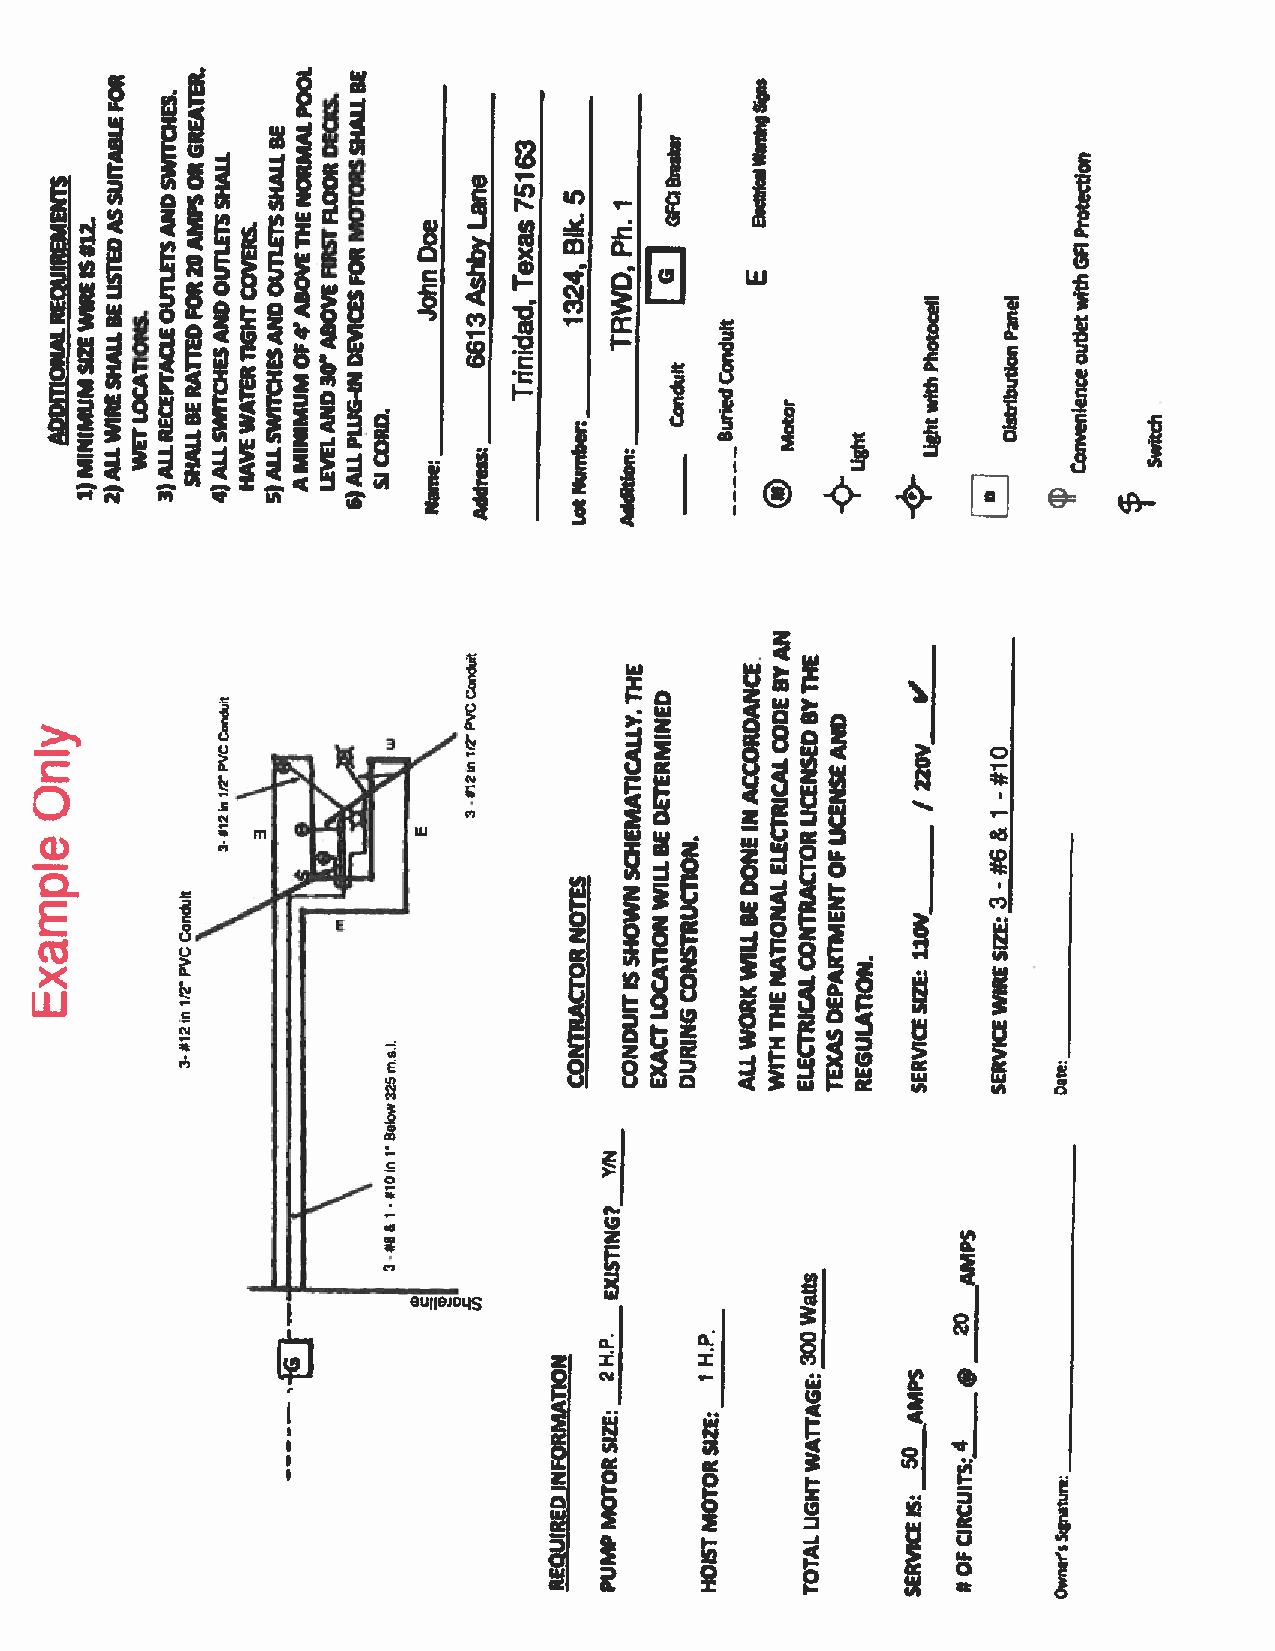
MINI
 1)MUMWI
 SIR ZE
 EIS#12.
 2)WIRESHALLBELIST AE LD
 LSUIT
 AA
 SBLEFOR
 WETLOCATiONS. 3)ALLRECEPO
 TU An C.
 LEt
 ESANDSWITCHES.
 SHR
 AA
 Lil
 LE
 BD
 E20 FOA
 RMPSGRE
 OA
 STER.
 ALLSW 4I
 )TCHESANDOUTlETSSHALL
 HW AA
 VT
 EERliGHTCOVERS.
 ALL
 5)SWITCHESANDOUnETSSHALLBE
 AMINIMUMOF4’ABOVEIHENOSMALPOOL
 LEVELAND30”ABOVEFIRSTFLOORDEOCS.
 ALL
 6P
 )WG-INDEViCESFORMS OTH OA
 RL
 SLBE
 sjcoao.
 JD oo
 he
 n
 Ilaae:
 661A
 3shbyLane
 Address:
 Trinidad,Texas75163
 1324,Bk.5
 Number
 TRWD,1
 Ph.
 Addition:
 I
 G&aae
 BuriedConduit
 E
 C!)Motor
 4>-lightwithPhotocell DistrIbutionPanel
 GAProtection
 Coenienceoutletwith
 Switch
 N
 A
 dtt       t       E. Y HE
 Only
 PV
 2C
 lI
 mTCordut
 iiW
 3ft2wI1flVCCoo MATICALLY,ni
 DETERMINED
 NACCORDANC TRICALCODEB
 LICEB
 NY
 SEDT
 CENSEAND
 “
 /UOV  #10
 1
 Example
 #12
 31
 -12PVC
 flConduit
 3-01
 m
 m.s.I.
 25
 E
 CONTRAN
 CTOT OE RS
 CONDUITISSHOWNSCHE
 EL
 XOC
 ACA
 TTiONBE
 WILL
 DURINGCONSTRUCTION. ALLWORKWILLBEDONEI
 WITHNA
 TT hI
 EONALELEC
 ELECTRIC
 CO AN
 LTRACTOR TEXASDEPARTMENTOFLI
 REGULATION.
 SERVICE3 S. I1
 Z0
 E:V_______
 SE#
 R6
 VI3
 CEWIRE&
 SIZE:
 On:
 3
 w
 o
 Bel
 r                                            _
 _
 In                                           _
 \
 #10                                          __
 1-             G?                            __
 3-#$&          XISTiN
 s
 AMPS   _____
 E            tt               _
 a                _
 w         0      _
 2      _
 N
 H.P.   H.P.   300              ___
 REQUIREDINFORMATIO 2
 PUMPMOTORSIZE:
 1
 HOISTMOTORSIZE:
 TOTALLiGHTWATTAGE:
 50
 SERVICEIS:AMPS #OFCIRCUITS:4q OwnWs&gnature:____
 _____________________
 -
 -